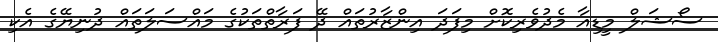
ސޯޝަލް މީޑިއާ މެދުވެރިކޮށް މިފަދަ އިންޒާރުތައް ދޭ ފަރާތްތަކުގެ މައްސަލަތައް ދުނިޔޭގެ އެކި